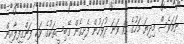
ނަމަވެސް މިދިޔަ މަހުގެ 15 ވަނަ ދުވަހުން ފެށިގެން ގޭބިސީތަކުގެ ވަކި ފަންގިފިލާއިން